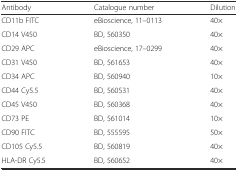
<table><thead><tr><td><b>Antibody</b></td><td><b>Catalogue number</b></td><td><b>Dilution</b></td></tr></thead><tbody><tr><td>CD11b FITC</td><td>eBioscience, 11–0113</td><td>40×</td></tr><tr><td>CD14 V450</td><td>BD, 560350</td><td>40×</td></tr><tr><td>CD29 APC</td><td>eBioscience, 17–0299</td><td>40×</td></tr><tr><td>CD31 V450</td><td>BD, 561653</td><td>40×</td></tr><tr><td>CD34 APC</td><td>BD, 560940</td><td>10×</td></tr><tr><td>CD44 Cy5.5</td><td>BD, 560531</td><td>40×</td></tr><tr><td>CD45 V450</td><td>BD, 560368</td><td>40×</td></tr><tr><td>CD73 PE</td><td>BD, 561014</td><td>10×</td></tr><tr><td>CD90 FITC</td><td>BD, 555595</td><td>50×</td></tr><tr><td>CD105 Cy5.5</td><td>BD, 560819</td><td>40×</td></tr><tr><td>HLA-DR Cy5.5</td><td>BD, 560652</td><td>40×</td></tr></tbody></table>